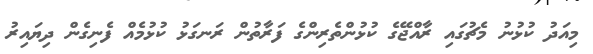
މިއަދު ކުޅުނު މެޗުގައި ރާއްޖޭގެ ކުޅުންތެރިންގެ ފަރާތުން ރަނގަޅު ކުޅުމެއް ފެނިގެން ދިޔައިރު